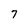
Character: 7